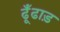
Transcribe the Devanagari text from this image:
ढूँढाड़